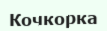
Кочкорка